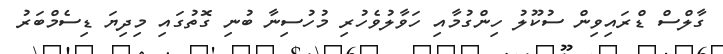
ގާލްސް ޑްރައިވިން ސުކޫލު ހިންގުމާއި ހަވާލުވެހުރި މުހުސިނާ ބުނި ގޮތުގައި މިދިޔަ ޑިސެމްބަރު